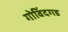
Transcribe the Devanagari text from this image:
गोविंदगड